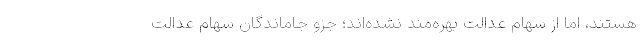
هستند، اما از سهام عدالت بهره‌مند نشده‌اند؛ جزو جاماندگان سهام عدالت